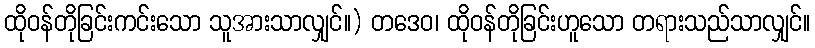
ထိုဝန်တိုခြင်းကင်းသော သူအားသာလျှင်။) တဒေဝ၊ ထိုဝန်တိုခြင်းဟူသော တရားသည်သာလျှင်။